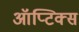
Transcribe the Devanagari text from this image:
ऑप्टिक्‍स